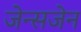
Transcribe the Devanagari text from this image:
जेन्सजेन